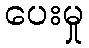
ပေးမှု